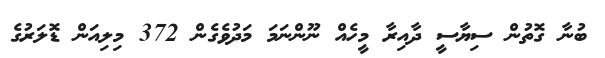
ބުނާ ގޮތުން ސިޔާސީ ދާއިރާ މީހެއް ނޫންނަމަ މަދުވެގެން 372 މިލިއަން ޑޮލަރުގެ